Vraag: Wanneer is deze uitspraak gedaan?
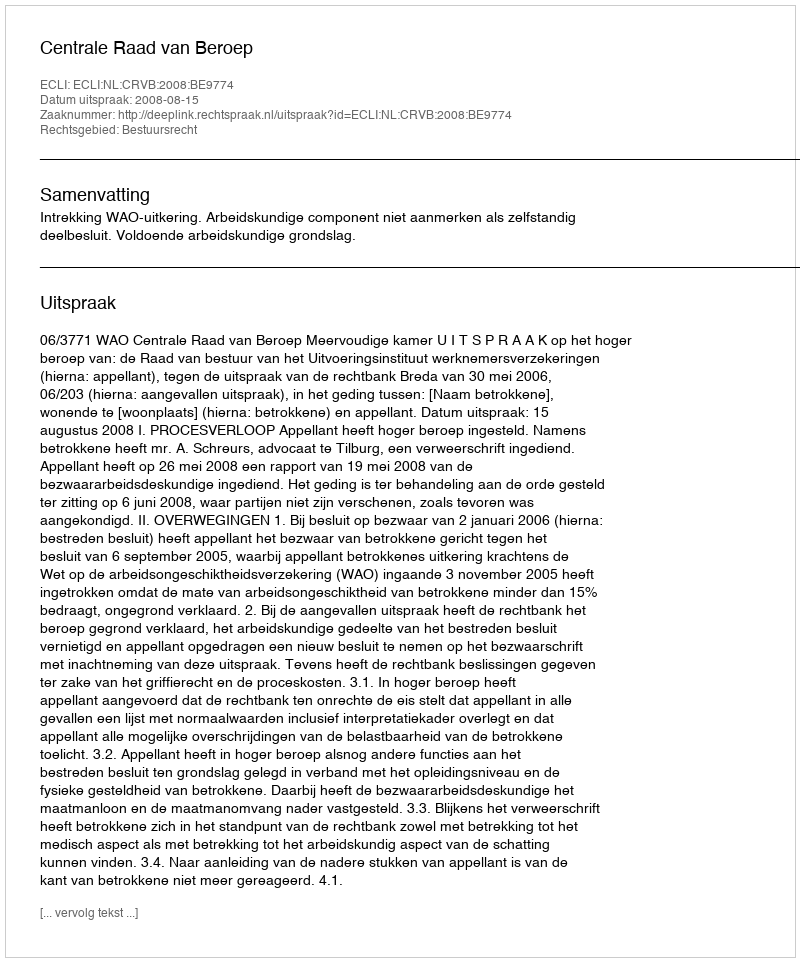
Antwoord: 2008-08-15